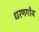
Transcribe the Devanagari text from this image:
धरणगाँव